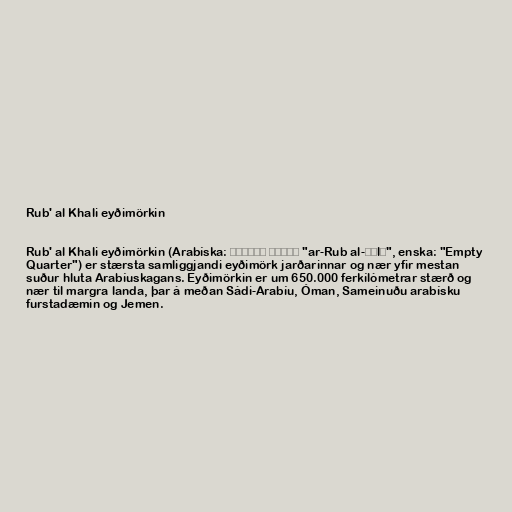
Rub' al Khali eyðimörkin

Rub' al Khali eyðimörkin (Arabíska: الربع الخالي‎ "ar-Rub al-Ḫālī", enska: "Empty
Quarter") er stærsta samliggjandi eyðimörk jarðarinnar og nær yfir mestan
suður hluta Arabíuskagans. Eyðimörkin er um 650.000 ferkílómetrar stærð og
nær til margra landa, þar á meðan Sádi-Arabíu, Óman, Sameinuðu arabísku
furstadæmin og Jemen.